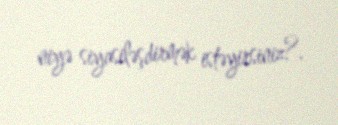
niyə siyasiləşdirmək istəyirsiniz?.